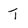
Character: T